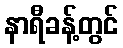
နာရီခန့်တွင်